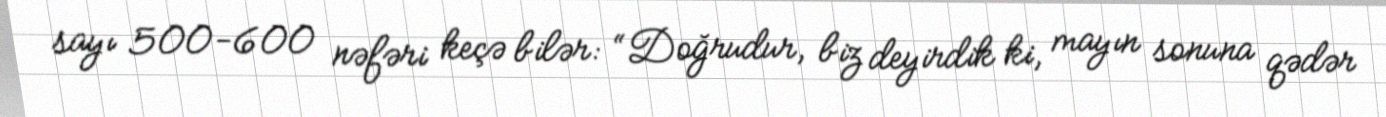
sayı 500-600 nəfəri keçə bilər: “Doğrudur, biz deyirdik ki, mayın sonuna qədər